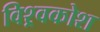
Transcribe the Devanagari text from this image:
विश्र्वकोश